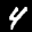
Label: 4